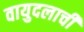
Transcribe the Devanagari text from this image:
वायुदलाची